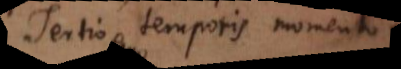
Tertio temporis momento